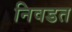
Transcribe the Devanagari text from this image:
निवडत